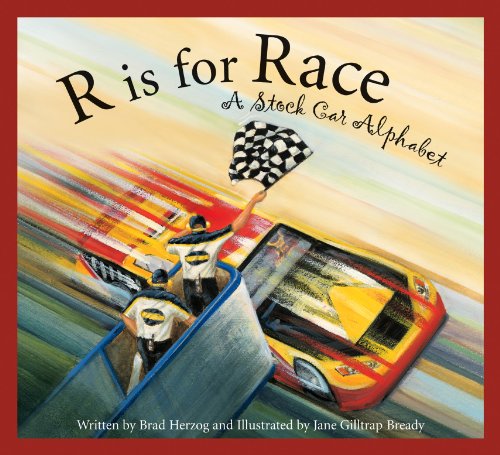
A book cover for R is for Race: A Stock Car Alphabet (Sports Alphabet); Brad Herzog; Children's Books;